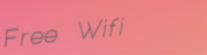
Free Wifi